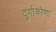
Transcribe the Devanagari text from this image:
दुर्गाकोणा